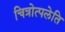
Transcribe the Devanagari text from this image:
चित्रोत्पलेति